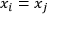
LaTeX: x _ { i } = x _ { j }